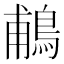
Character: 鵏